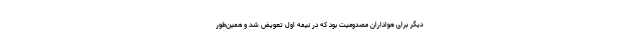
دیگر برای هواداران مصدومیت بود که در نیمه اول تعویض شد و همین‌طور